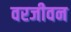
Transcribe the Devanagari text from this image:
वरजीवन